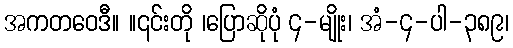
အကတဝေဒီ။ ။၎င်းတို ၊ပြောဆိုပုံ ၄-မျိုး၊ အံ-၄-ပါ-၃၈၉၊